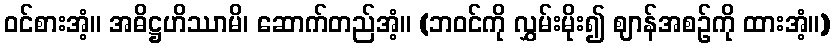
ဝင်စားအံ့။ အဓိဋ္ဌဟိဿာမိ၊ ဆောက်တည်အံ့။ (ဘဝင်ကို လွှမ်းမိုး၍ ဈာန်အစဉ်ကို ထားအံ့။)